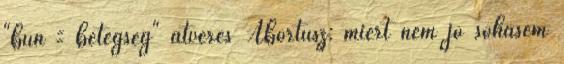
"bűn = betegség" átverés Abortusz: miért nem jó sohasem